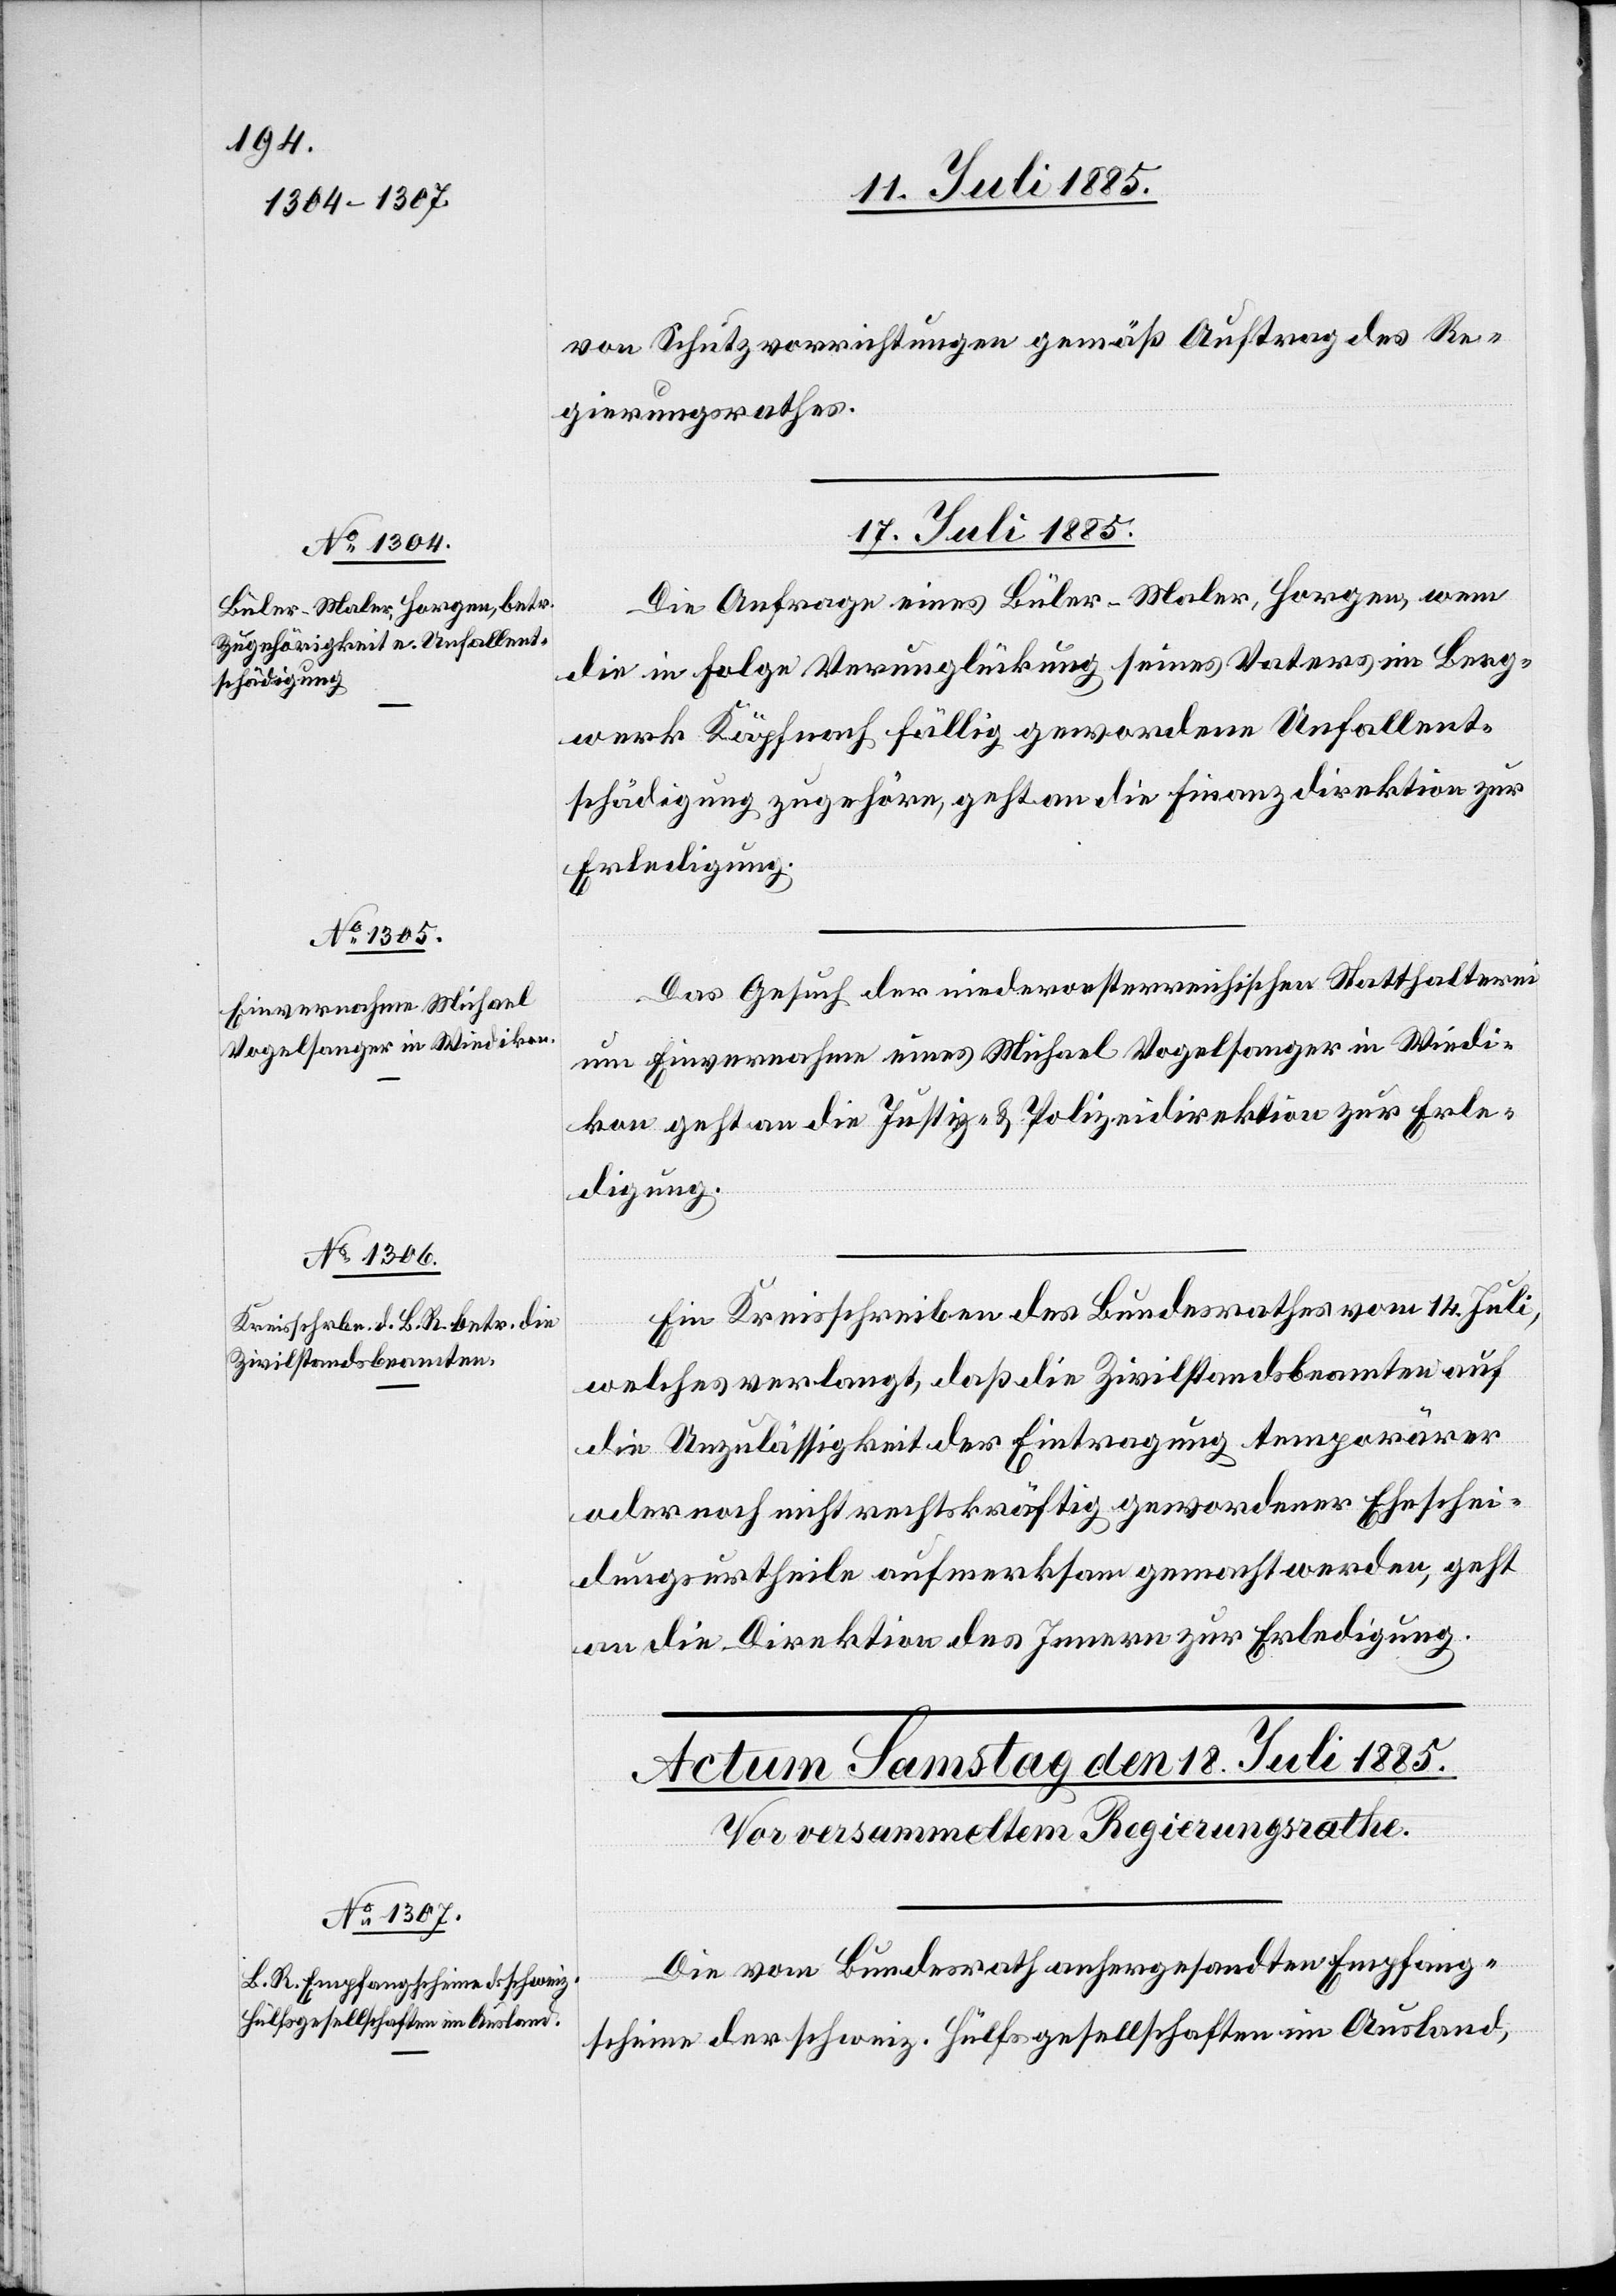
von Schutzvorrichtungen gemäß Auftrag des Re¬
gierungsrathes.
17. Juli 1885.]
Die Anfrage eines Büler-Maler, Horgen, wem
die in Folge, Verunglückung seines Vaters im Berg¬
werk Käpfnach fällig gewordenen Unfallent¬
schädigung zugehöre, geht an die Finanzdirektion zur
Erledigung.
Das Gesuch der niederoesterreichischen Statthalterei
um Einvernahme eines Michael Vogelsanger in Wiedi¬
kon geht an die Justiz- & Polizeidirektion zur Erle¬
digung.
Ein Kreisschreiben des Bundesrathes vom 14. Juli,
welches verlangt, daß die Zivilstandsbeamten auch
die Unzulässigkeit der Eintragung temporärer
oder noch nicht rechtskräftig gewordener Eheschei¬
dungsurtheile aufmerksam gemacht werden, geht
an die Direktion des Innern zur Erledigung.
Die vom Bundesrath anhergesandten Empfang¬
scheine der schweiz. Hülfsgesellschaften im Ausland,